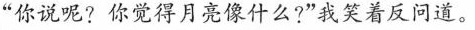
”你说呢?你觉得月亮像什么?”我笑着反问道。